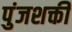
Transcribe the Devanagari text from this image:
पुंजशक्ती